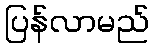
ပြန်လာမည်